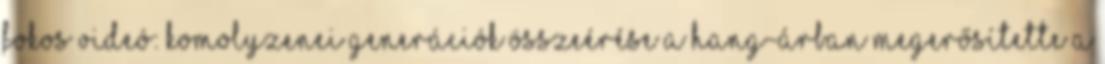
fokos videó: Komolyzenei generációk összeérése a Hang-Árban Megerősítette a